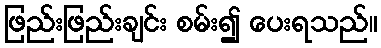
ဖြည်းဖြည်းချင်း စမ်း၍ ပေးရသည်။